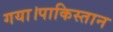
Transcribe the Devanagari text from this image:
गया।पाकिस्तान